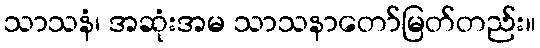
သာသနံ၊ အဆုံးအမ သာသနာတော်မြတ်တည်း။